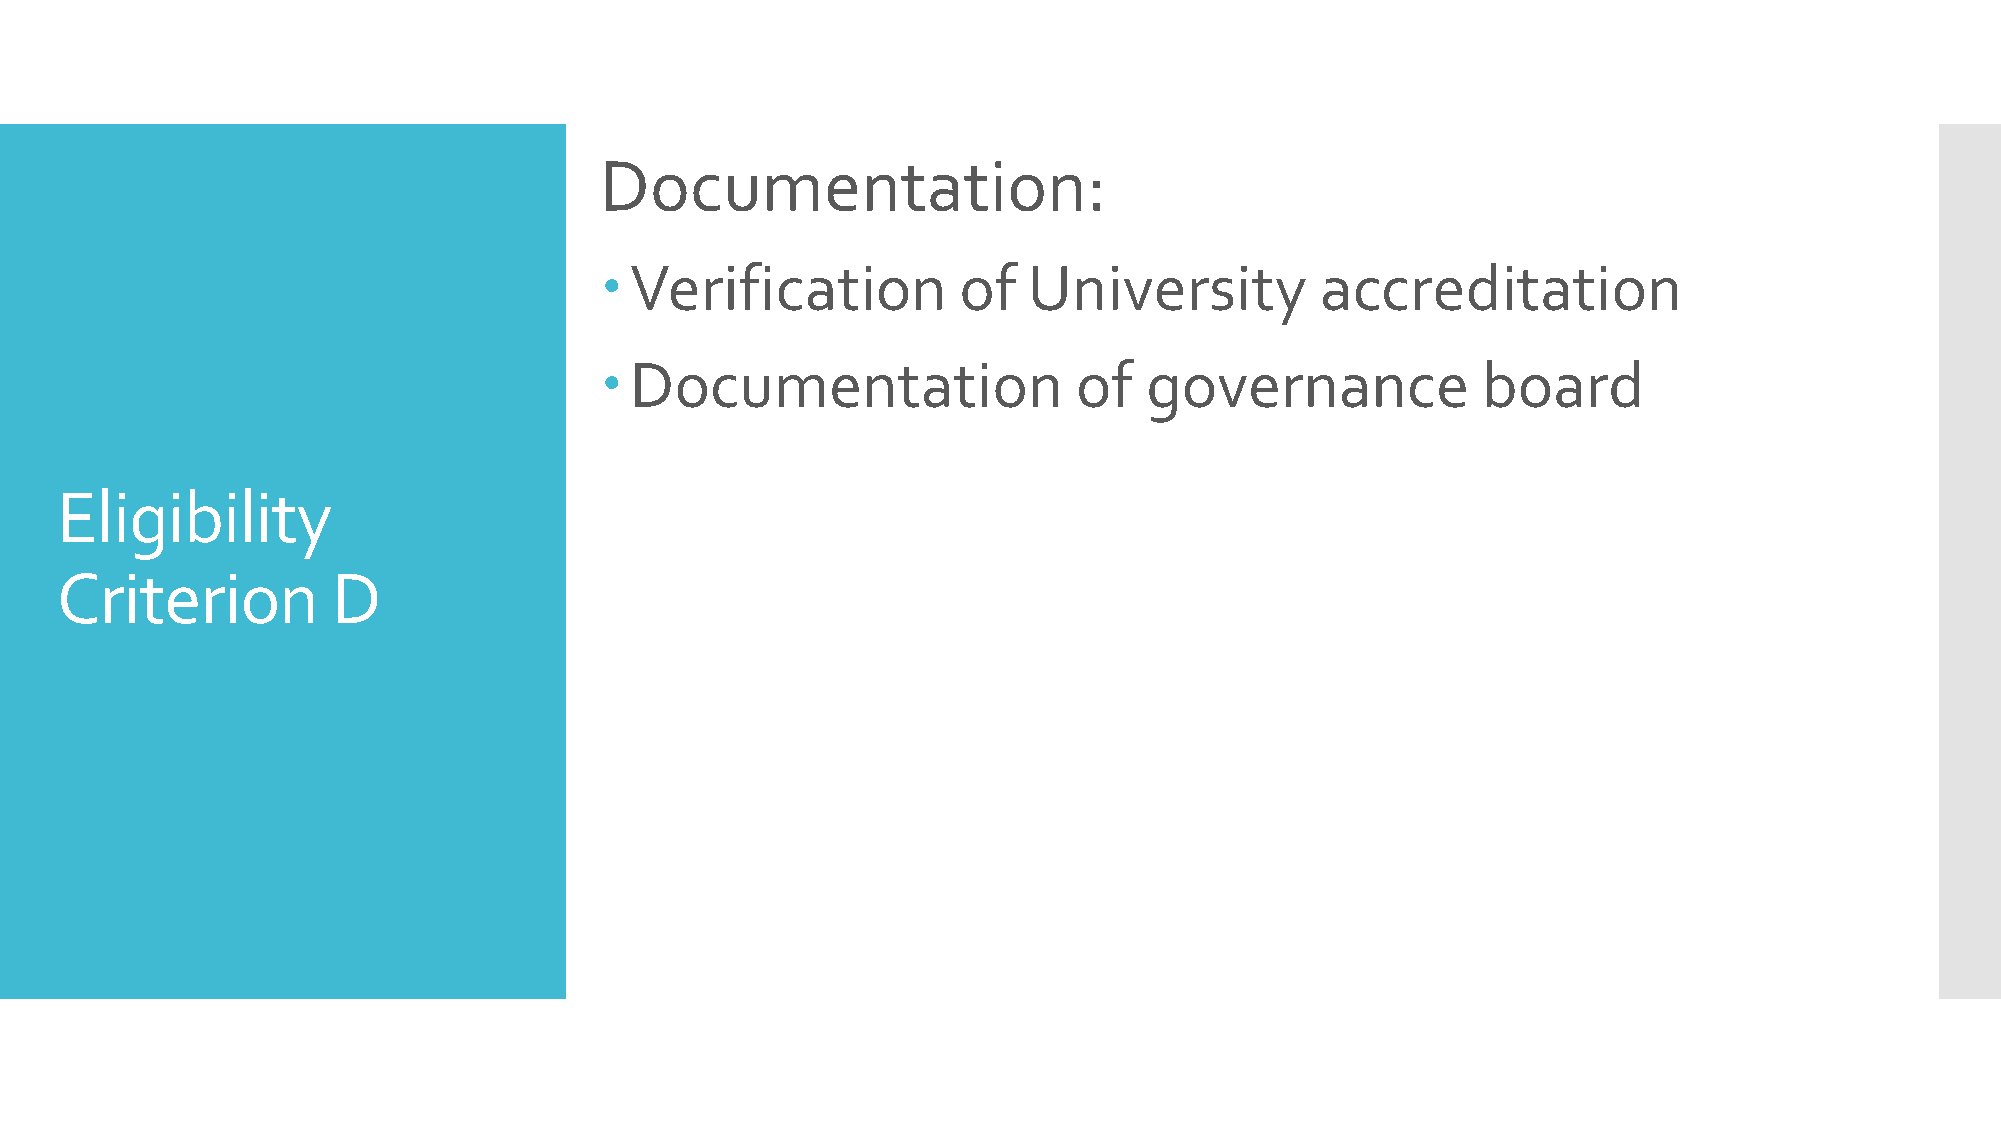
Documentation:
 Verification          of   University         accreditation
 Documentation                 of   governance            board
 Eligibility
 Criterion         D